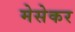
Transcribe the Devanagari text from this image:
मेसेकर